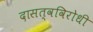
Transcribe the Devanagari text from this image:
दासत्वविरोधी